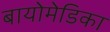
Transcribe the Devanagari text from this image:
बायोमेडिका